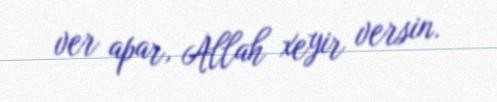
ver apar, Allah xeyir versin.